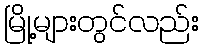
မြို့များတွင်လည်း